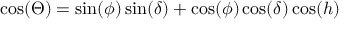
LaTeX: \cos ( \Theta ) = \sin ( \phi ) \sin ( \delta ) + \cos ( \phi ) \cos ( \delta ) \cos ( h )